画像に写った文字を読んでください
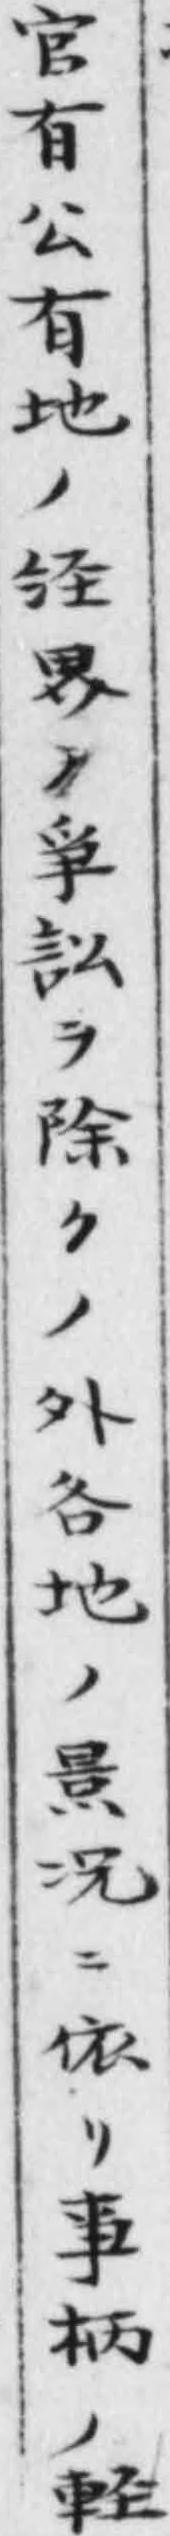
「官有公有地ノ经界ノ爭訟ヲ除クノ外各地ノ景况ニ依リ亊柄ノ軽」と書いてあります